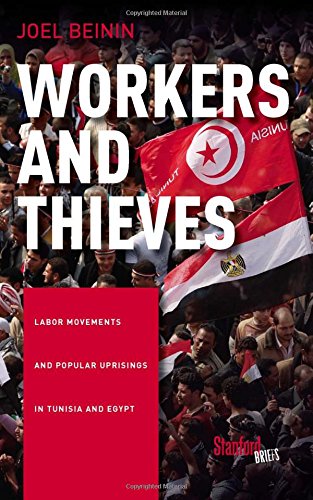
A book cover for Workers and Thieves: Labor Movements and Popular Uprisings in Tunisia and Egypt; Joel Beinin; History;